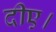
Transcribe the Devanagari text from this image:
दीए।